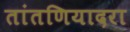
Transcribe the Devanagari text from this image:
तांतणियादरा